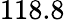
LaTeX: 118.8